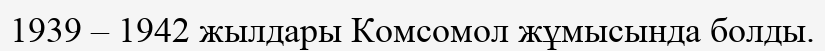
1939 – 1942 жылдары Комсомол жұмысында болды.